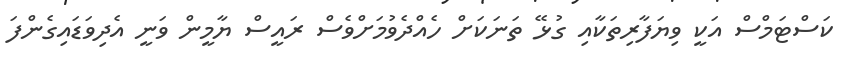
ކަސްޓަމްސް އަކީ ވިޔަފާރިތަކާއި ގުޅޭ ތަނަކަށް ހެއްދެވުމަށްވެސް ރައީސް ޔާމީން ވަނީ އެދިވަޑައިގެންފަ